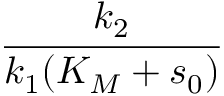
\cfrac { k _ { 2 } } { k _ { 1 } ( K _ { M } + s _ { 0 } ) }